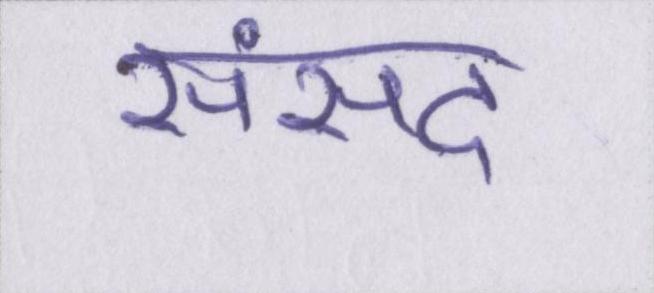
संसद